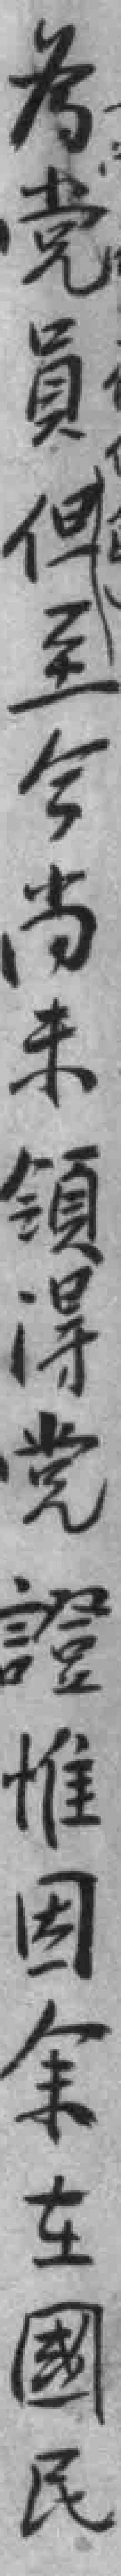
為党員但至今尚未領得党證惟因余在國民